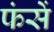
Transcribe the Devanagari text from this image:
फंसें